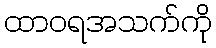
ထာဝရအသက်ကို